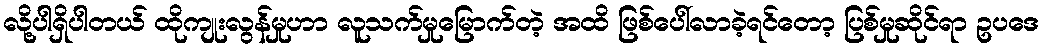
လို့ပါရှိပါတယ် ထိုကျုးလွန်မှုဟာ လူသက်မှုမြောက်တဲ့ အထိ ဖြစ်ပေါ်လာခဲ့ရင်တော့ ပြစ်မှုဆိုင်ရာ ဥပဒေ